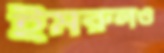
ইমরুলও